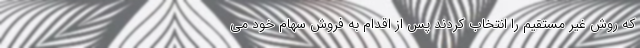
که روش غیر مستقیم را انتخاب کردند پس از اقدام به فروش سهام خود می